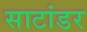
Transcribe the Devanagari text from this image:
साटांडर